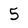
Character: 5